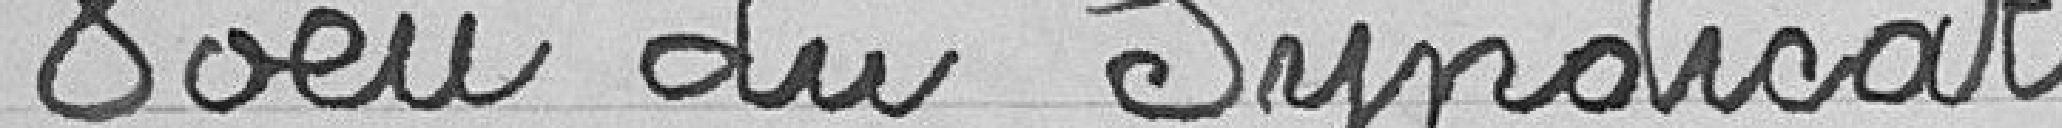
Vœu du Syndicat